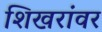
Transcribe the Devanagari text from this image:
शिखरांवर